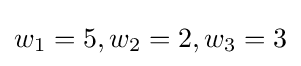
w_{1}=5,w_{2}=2,w_{3}=3